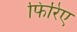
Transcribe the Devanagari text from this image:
फिरिए